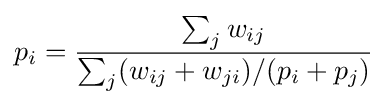
p_{i}={\frac {\sum _{j}w_{ij}}{\sum _{j}(w_{ij}+w_{ji})/(p_{i}+p_{j})}}